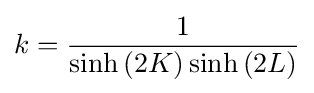
k={\frac {1}{\sinh \left(2K\right)\sinh \left(2L\right)}}